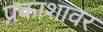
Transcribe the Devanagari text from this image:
प्रकाशावर